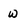
Character: w